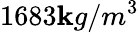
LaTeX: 1683\mathbf{k}g/m^{3}